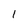
Character: 1